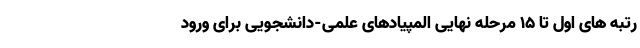
رتبه های اول تا ۱۵ مرحله نهایی المپیادهای علمی-دانشجویی برای ورود